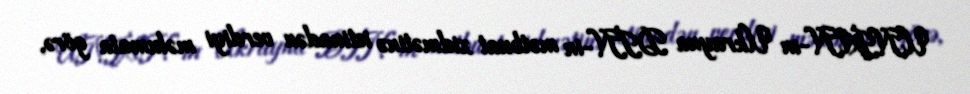
UNİAN-ın Ukrayna DİN-in mətbuat xidmətinə istinadən verdiyi məlumata görə,